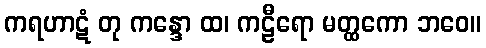
ကရဟာဋံ တု ကန္ဒော ထ၊ ကဠီရော မတ္ထကော ဘဝေ။